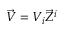
{ \vec { V } } = V _ { i } { \vec { Z } } ^ { i }